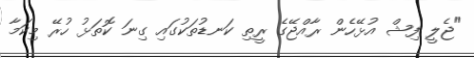
"ޖެލީ ފިޝް އުޅޭހެން ރާއްޖޭގެ ރީތި ކަނޑުތަކުގައި ގިނަ ކޮތަޅު ހުރޭ މިކަމާ